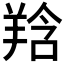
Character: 𦎌